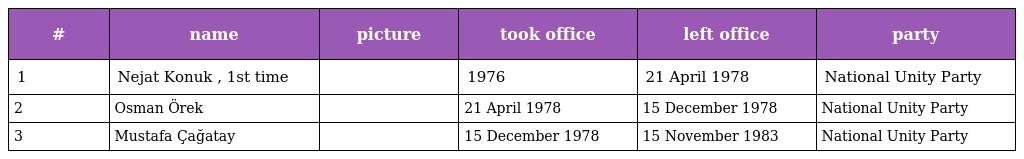
| # | name | picture | took office | left office | party |
 | --- | --- | --- | --- | --- | --- |
 | 1 | Nejat Konuk , 1st time |  | 1976 | 21 April 1978 | National Unity Party |
 | 2 | Osman Örek |  | 21 April 1978 | 15 December 1978 | National Unity Party |
 | 3 | Mustafa Çağatay |  | 15 December 1978 | 15 November 1983 | National Unity Party |